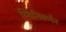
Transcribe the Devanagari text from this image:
स्थितिवर्णन